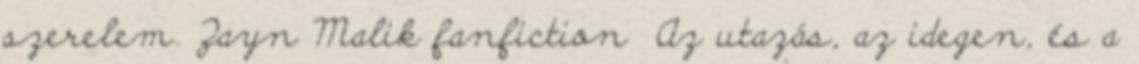
szerelem. Zayn Malik fanfiction Az utazás, az idegen, és a